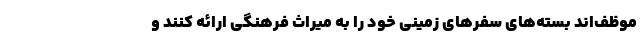
موظف‌اند بسته‌های سفرهای زمینی خود را به میراث فرهنگی ارائه کنند و